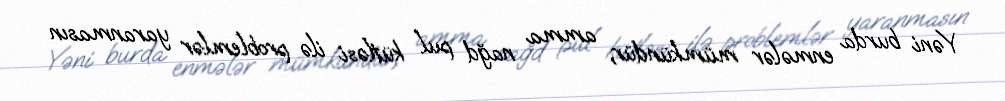
Yəni burda enmələr mümkündür, amma nağd pul kütləsi ilə problemlər yaranmasın